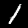
Label: 1